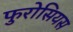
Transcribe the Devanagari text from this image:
फुरोसियस